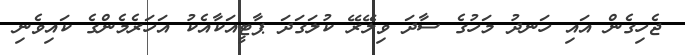
ޖެހިގެން އައި ހަނދު މަހުގެ ސާދަ ވިލޭރޭ ކުލަގަދަ ޕާޓީއަކާއެކު އަހަރެމެންގެ ކައިވެނި